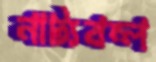
নাট্যবন্ল